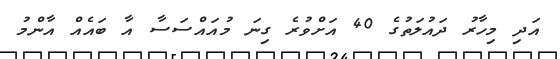
އަދި މިހާރު ދައުލަތުގެ 40 އަށްވުރެ ގިނަ މުއައްސަސާ އާ ބައެއް އާންމު